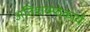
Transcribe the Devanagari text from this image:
अतिशय्म्प्ठेकार्य